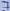
Text: 7